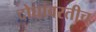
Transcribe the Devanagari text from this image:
दोघांवरतीच